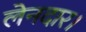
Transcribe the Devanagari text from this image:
लेनदार।